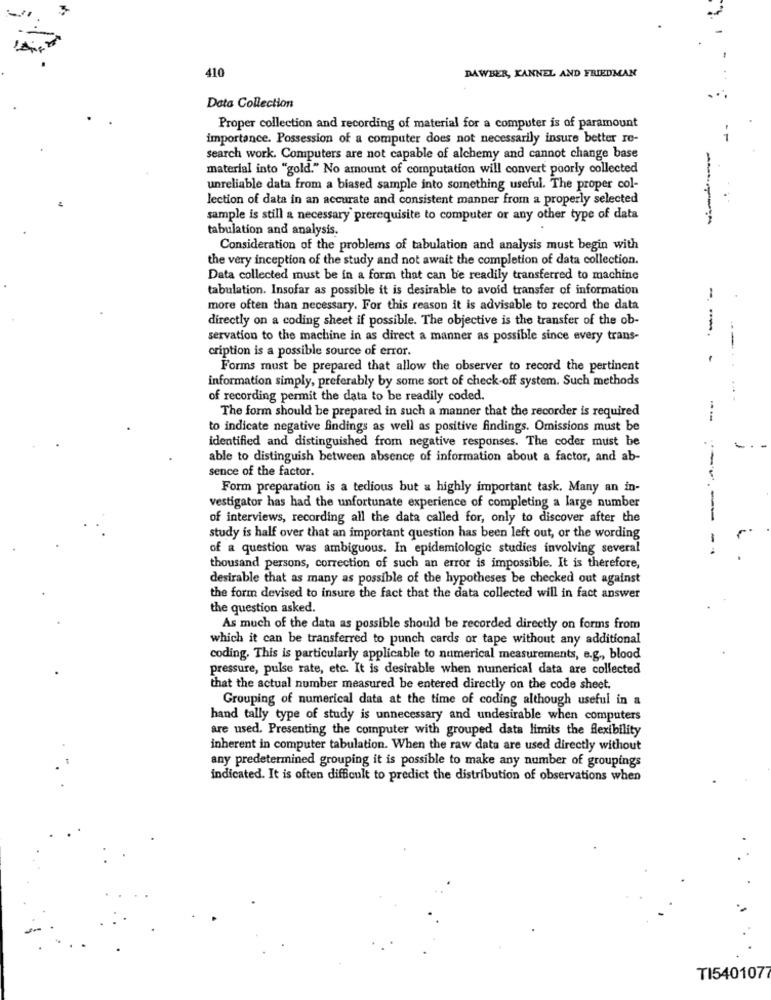
DAWBER, KANNEL AND FRIEDMAN
410
Data Collection
Proper collection and recording of material for a computer is of paramount
importance. Possession of a computer does not necessarily insure better re-
search work. Computers are not capable of alchemy and cannot change base
material into "gold." No amount of computation will convert poorly collected
unreliable data from a biased sample into something useful. The proper col-
lection of data in an accurate and consistent manner from a properly selected
sample is still a necessary prerequisite to computer or any other type of data
tabulation and analysis.
Consideration of the problems of tabulation and analysis must begin with
the very inception of the study and not await the completion of data collection.
Data collected must be in a form that can be readily transferred to machine
tabulation. Insofar as possible it is desirable to avoid transfer of information
more often than necessary. For this reason it is advisable to record the data
directly on a coding sheet if possible. The objective is the transfer of the ob-
--
servation to the machine in as direct a manner as possible since every trans-
cription is a possible source of error.
--
Forms must be prepared that allow the observer to record the pertinent
information simply, preferably by some sort of check-off system. Such methods
of recording permit the data to be readily coded.
The form should be prepared in such a manner that the recorder is required
--
to indicate negative findings as well as positive findings. Omissions must be
identified and distinguished from negative responses. The coder must be
able to distinguish between absence of information about a factor, and ab-
sence of the factor.
Form preparation is a tedious but a highly important task. Many an in-
vestigator has had the unfortunate experience of completing a large number
of interviews, recording all the data called for, only to discover after the
-
study is half over that an important question has been left out, or the wording
-
of a question was ambiguous. In epidemiologic studies involving several
thousand persons, correction of such an error is impossible. It is therefore,
desirable that as many as possible of the hypotheses be checked out against
the form devised to insure the fact that the data collected will in fact answer
the question asked.
As much of the data as possible should be recorded directly on forms from
which it can be transferred to punch cards or tape without any additional
coding. This is particularly applicable to numerical measurements, e.g ., blood
pressure, pulse rate, etc. It is desirable when numerical data are collected
that the actual number measured be entered directly on the code sheet.
Grouping of numerical data at the time of coding although useful in a
hand tally type of study is unnecessary and undesirable when computers
are used. Presenting the computer with grouped data limits the flexibility
inherent in computer tabulation. When the raw data are used directly without
any predetermined grouping it is possible to make any number of groupings
indicated. It is often difficult to predict the distribution of observations when
TI5401077